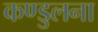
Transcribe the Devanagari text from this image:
कण्डुलना